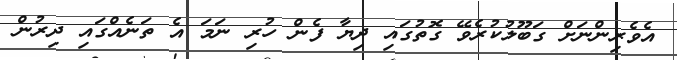
އެވެރިންނަށް ގަބޫލުކުރެވޭ ގޮތުގައި ދިޔާ ފެން ހުރި ނަމަ އެ ތަނެއްގައި ދިރުން